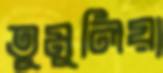
তুমুলিয়া